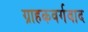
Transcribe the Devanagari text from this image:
ग्राहकवर्गवाद